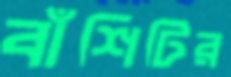
বাঁশিটির